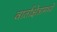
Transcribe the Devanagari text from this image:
वार्ताक्षेत्रामध्ये